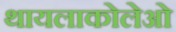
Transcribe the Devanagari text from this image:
थायलाकोलेओ